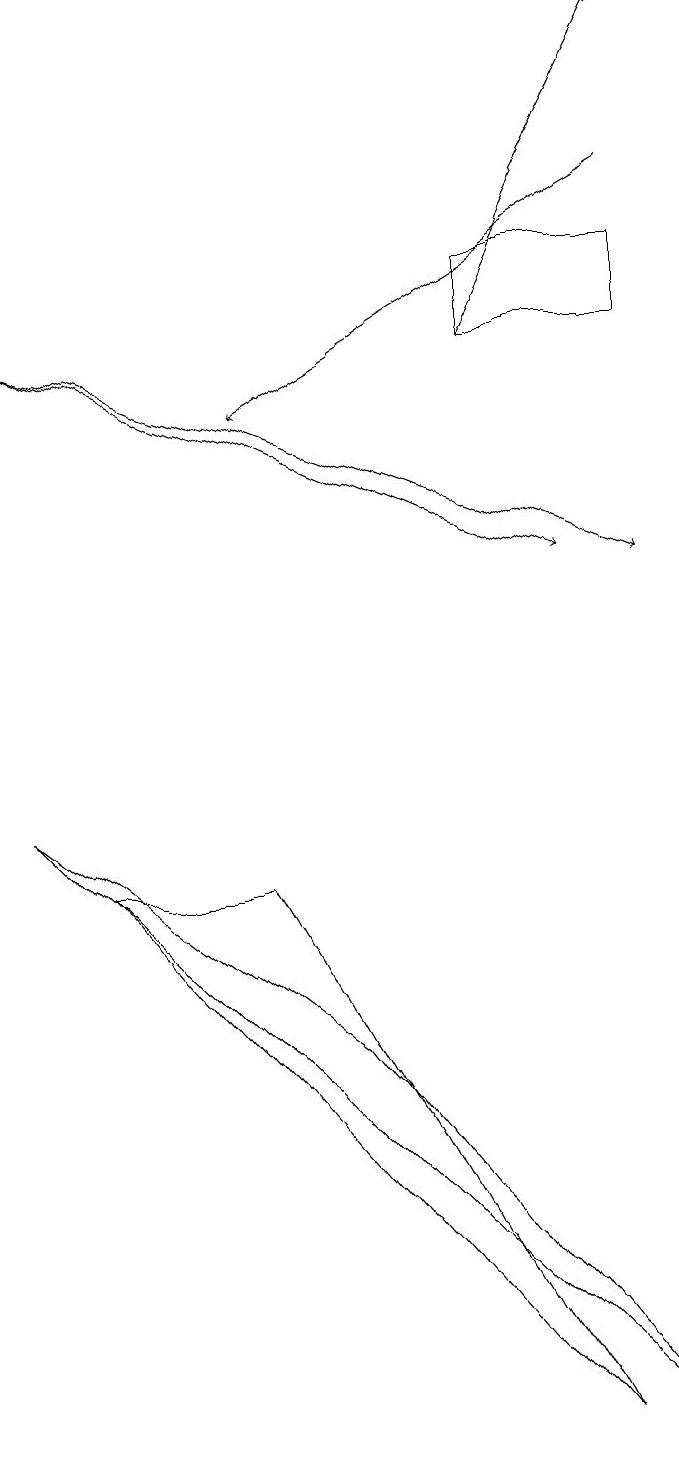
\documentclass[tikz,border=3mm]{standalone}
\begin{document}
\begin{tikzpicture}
\draw[->] (8,17) -- (3,14);
\draw (6,16) rectangle (8,15);
\draw (4,6) -- (8,1) -- (0,9) -- cycle;
\draw[->] (6,15) -- (8,19);
\draw[->] (0,15) -- (7,12);
\draw (1,8) -- (7,1) -- (3,8) -- cycle;
\draw[->] (0,15) -- (8,12);
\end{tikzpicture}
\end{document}